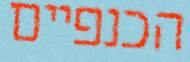
הכנפיים